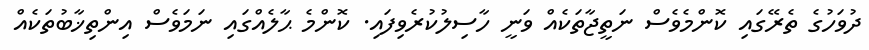
ދުވަހުގެ ތެރޭގައި ކޮންމެވެސް ނަތީޖާތަކެއް ވަނީ ހާސިލުކުރެވިފައި. ކޮންމެ ޙާލެއްގައި ނަމަވެސް އިންތިޚާބުތަކެއް